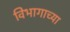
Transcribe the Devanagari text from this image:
विभागाच्‍या